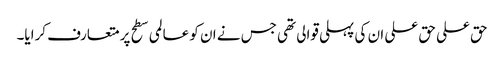
حق علی حق علی ان کی پہلی قوالی تھی جس نے ان کو عالمی سطح پر متعارف کرایا۔